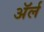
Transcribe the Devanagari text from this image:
अॅर्ल